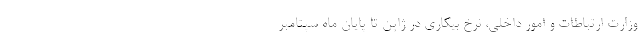
وزارت ارتباطات و امور داخلی، نرخ بیکاری در ژاپن تا پایان ماه سپتامبر